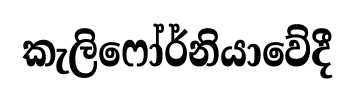
කැලිෆෝර්නියාවේදී